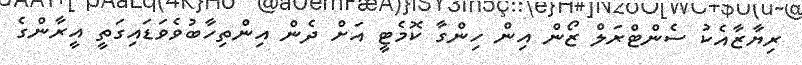
ރިޔާޒާއެކު ސެންޓްރަލް ޒޯން އިން ހިންގާ ކޮމެޓީ އަށް ދެން އިންތިހާބުވެވަޑައިގަތީ އީރާންގެ